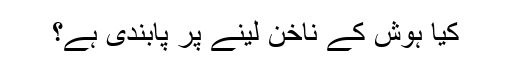
کیا ہوش کے ناخن لینے پر پابندی ہے؟